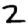
Digit: 2